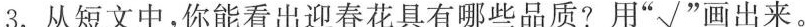
3.从短文中，你能看出迎春花具有哪些品质?用”√”画出来。